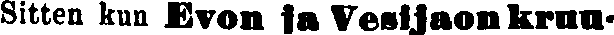
Sitten kun Evon ia Vesijaon kruu-